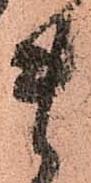
貴